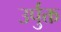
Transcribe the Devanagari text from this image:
उर्पुक्त